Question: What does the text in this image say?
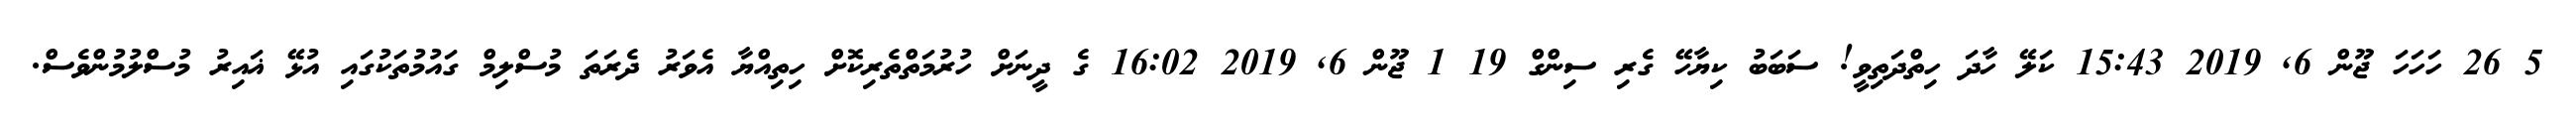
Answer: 5 26 ހަހަހަ ޖޫން 6, 2019 15:43 ކަލޭ ހާދަ ހިތްދަތިވީ! ސަބަބު ކިޔާހޭ ގެރި ސިންގް 19 1 ޖޫން 6, 2019 16:02 ގެ ދީނަށް ހުރުމަތްތެރިކޮށް ހިތިއްޔާ އެވަރު ދެރަތަ މުސްލިމް ގައުމުތަކުގައި އުޅޭ ޣައިރު މުސްލުމުންވެސް.